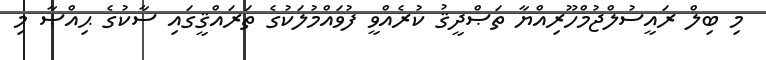
މި ބިލް ރައީސުލްޖުމްހޫރިއްޔާ ތަޞްދީޤު ކުރެއްވީ ފުވައްމުލަކުގެ ތަރައްޤީގައި ސާކުގެ ޙިއްޞާ މި